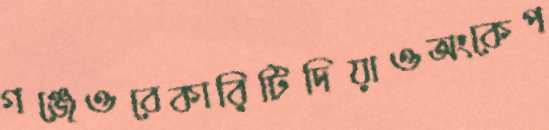
গঞ্জেওবেকারিটিদিয়াওঅংকেপ